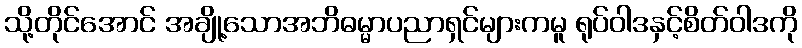
သို့တိုင်အောင် အချို့သောအဘိဓမ္မာပညာရှင်များကမူ ရုပ်ဝါဒနှင့်စိတ်ဝါဒကို